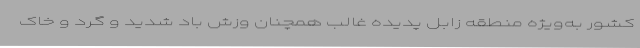
کشور به‌ویژه منطقه زابل پدیده غالب همچنان وزش باد شدید و گرد و خاک